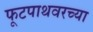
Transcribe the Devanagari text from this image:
फूटपाथवरच्या